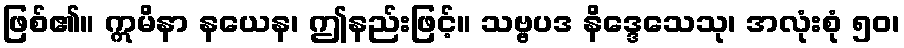
ဖြစ်၏။ ဣမိနာ နယေန၊ ဤနည်းဖြင့်။ သဗ္ဗပဒ နိဒ္ဒေသေသု၊ အလုံးစုံ ၅၀၊